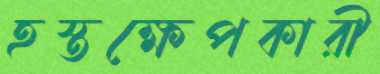
হস্তক্ষেপকারী